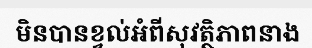
មិនបានខ្វល់អំពីសុវត្ថិភាពនាង